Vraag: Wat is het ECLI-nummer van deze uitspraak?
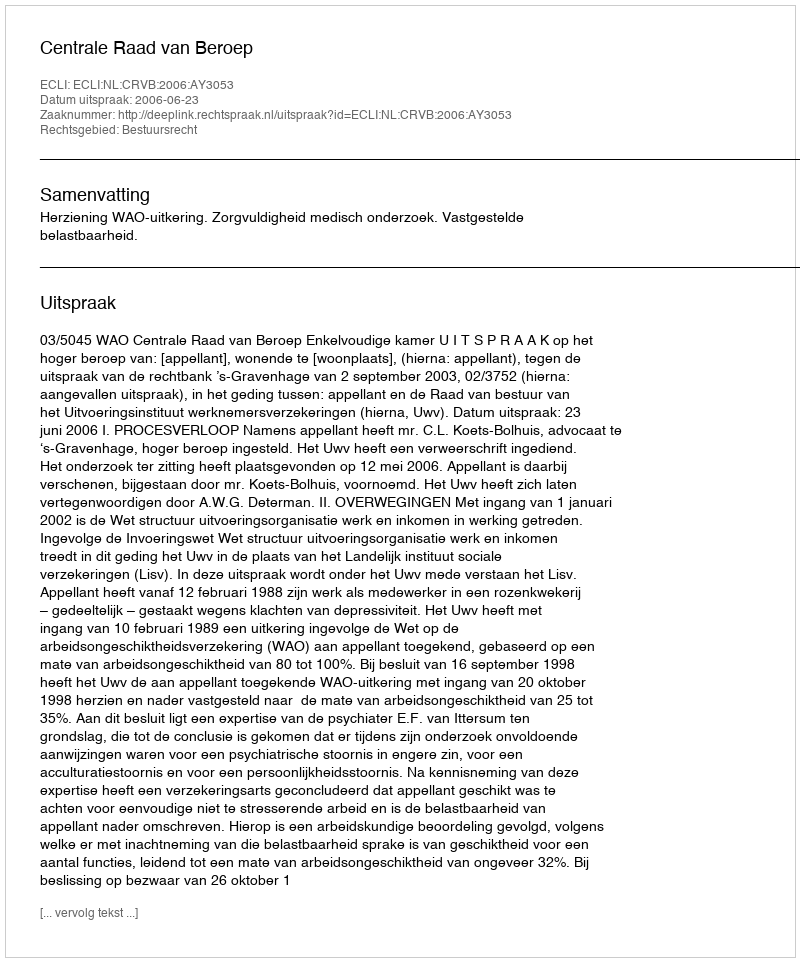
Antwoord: ECLI:NL:CRVB:2006:AY3053